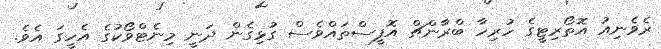
ރެވެނިއު އޮތޯރިޓީގެ ހުރިހާ ބްރާންޗް އޮފީސްތައްވެސް ގުޅިގެން ދަނީ މިނެޓްވޯކުގެ އެހީގަ އެވެ.